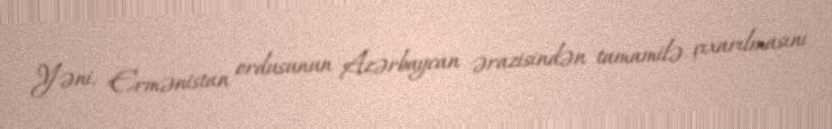
Yəni, Ermənistan ordusunun Azərbaycan ərazisindən tamamilə çıxarılmasını